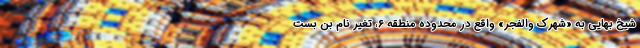
شیخ بهایی به «شهرک والفجر» واقع در محدوده منطقه ۶، تغیر نام بن بست